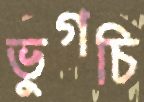
ভুগচি